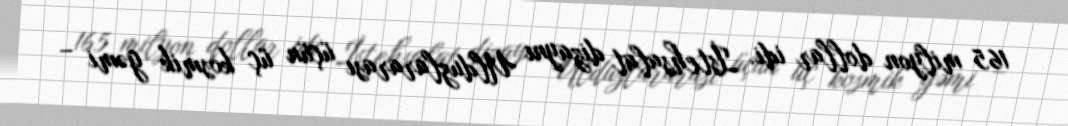
165 milyon dollar idi. İstehsalat dizaynı Ulduzlararası üçün üç kosmik gəmi –